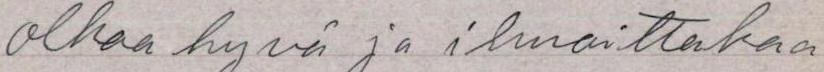
olkaa hyvä ja ilmoittakaa